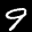
Label: 9